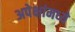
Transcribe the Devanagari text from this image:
अपेक्षांमध्ये